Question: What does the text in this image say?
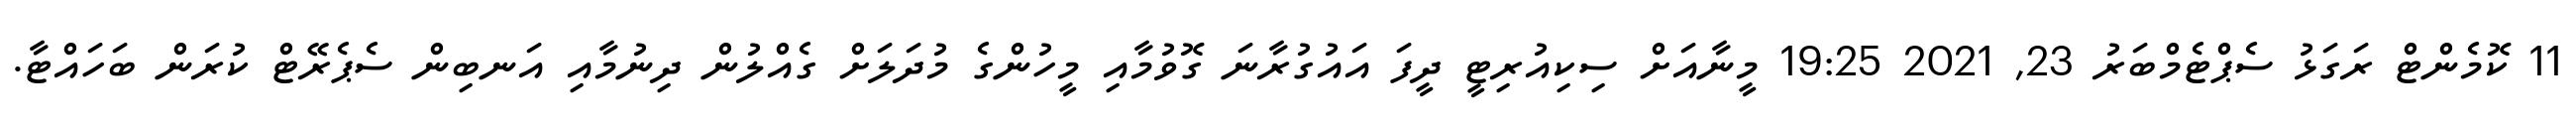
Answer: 11 ކޮމެންޓް ރަގަޅު ސެޕްޓެމްބަރު 23, 2021 19:25 މީނާއަށް ސިކިއުރިޓީ ދީފަ އައުގުރާނަ ގޮވުމާއި މީހުންގެ މުދަލަށް ގެއްލުން ދިނުމާއި އަނބިން ސެޕެރޭޓް ކުރަން ބަހައްޓާ.